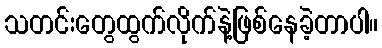
သတင်းတွေထွက်လိုက်နဲ့ဖြစ်နေခဲ့တာပါ။